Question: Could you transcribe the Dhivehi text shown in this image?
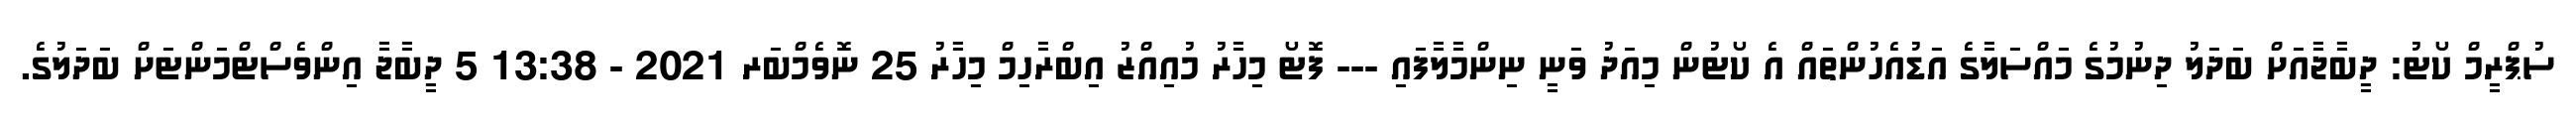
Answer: ސުޕްރީމް ކޯޓު: ދީބާޖާއަށް ބަދަލު ދިނުމުގެ މައްސަލާގެ އަޑުއެހުންތައް އެ ކޯޓުން މިއަދު ވަނީ ނިންމާލާފައި --- ފޮޓޯ މިހާރު މުއިއްޒު އިބްރާހިމް މިހާރު 25 ނޮވެމްބަރ 2021 - 13:38 5 ދީބާޖާ އިންވެސްޓްމަންޓަށް ބަދަލުގެ.